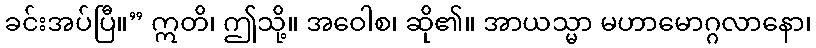
ခင်းအပ်ပြီ။” ဣတိ၊ ဤသို့။ အဝေါစ၊ ဆို၏။ အာယသ္မာ မဟာမောဂ္ဂလာနော၊